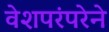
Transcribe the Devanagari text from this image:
वेशपरंपरेने